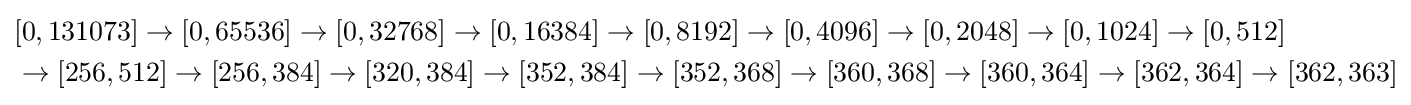
{\begin{aligned}&[0,131073]\to [0,65536]\to [0,32768]\to [0,16384]\to [0,8192]\to [0,4096]\rightarrow [0,2048]\to [0,1024]\to [0,512]\\&\to [256,512]\to [256,384]\to [320,384]\to [352,384]\to [352,368]\to [360,368]\to [360,364]\to [362,364]\to [362,363]\end{aligned}}